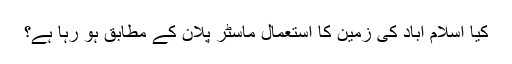
کیا اسلام آباد کی زمین کا استعمال ماسٹر پلان کے مطابق ہو رہا ہے؟